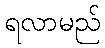
ရလာမည်